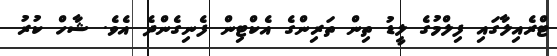
ޓްރެއިލާގައި ފިލްމުގެ ލީޑު ތިން ތަރިންގެ އެކްޓިން ފެނިގެންދެ އެވެ. ޝާހް ކުރު